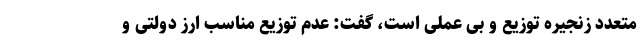
متعدد زنجیره توزیع و بی عملی است، گفت: عدم توزیع مناسب ارز دولتی و